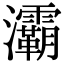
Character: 灞